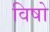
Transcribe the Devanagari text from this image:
विषो